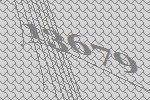
13679